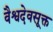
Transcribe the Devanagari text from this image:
वैश्वदेवसूक्त